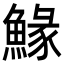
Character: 䱲